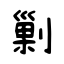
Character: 勦